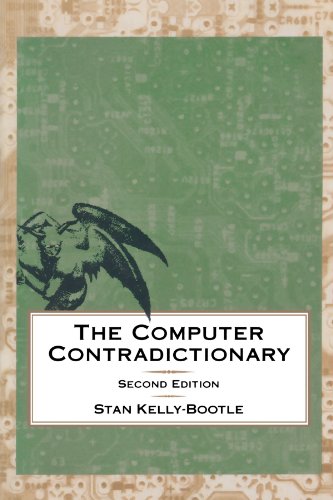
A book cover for The Computer Contradictionary; Stan Kelly -. Bootle; Humor & Entertainment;